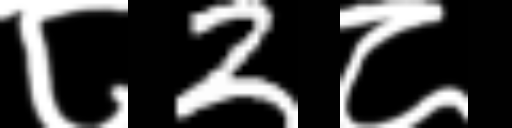
Text: ८2८